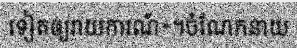
ទៀតឲ្យរាយការណ៍»។ចំណែកនាយ